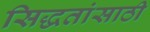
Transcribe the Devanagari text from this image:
सिद्धतांसाठी